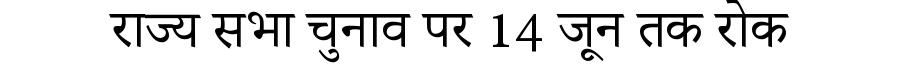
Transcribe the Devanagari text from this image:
राज्य सभा चुनाव पर 14 जून तक रोक